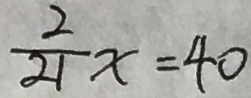
\frac { 2 } { 2 1 } x = 4 0